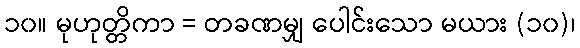
၁၀။ မုဟုတ္တိကာ = တခဏမျှ ပေါင်းသော မယား (၁၀)၊